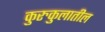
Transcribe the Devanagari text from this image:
कुरुकुलातील